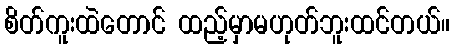
စိတ်ကူးထဲတောင် ထည့်မှာမဟုတ်ဘူးထင်တယ်။